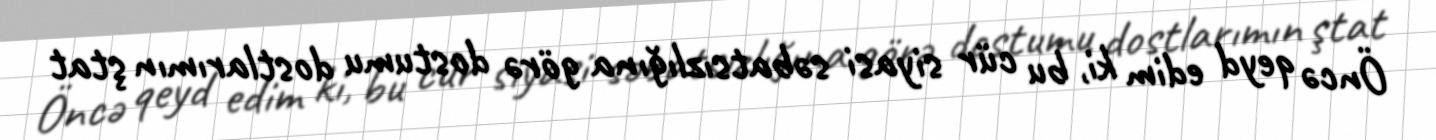
Öncə qeyd edim ki, bu cür siyasi səbatsızlığına görə dostumu dostlarımın ştat